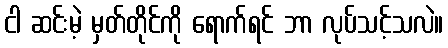
ငါ ဆင်းမဲ့ မှတ်တိုင်ကို ရောက်ရင် ဘာ လုပ်သင့်သလဲ။